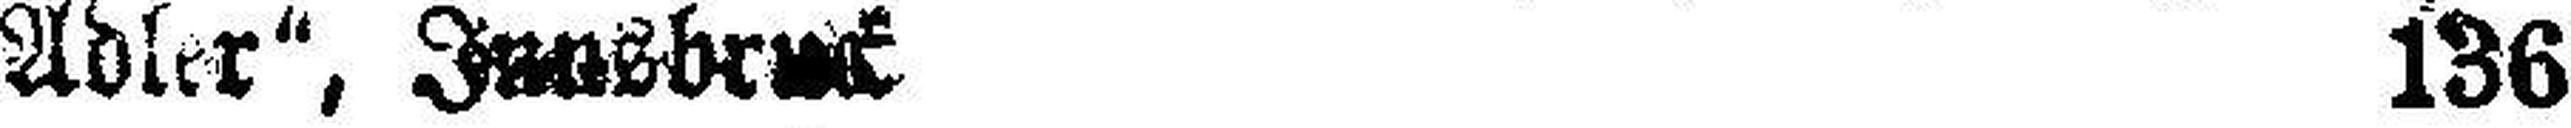
Adler“, Innsbruck 136